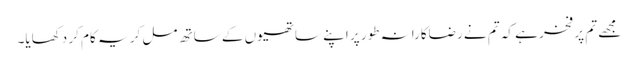
مجھے تم پر فخر ہے کہ تم نے رضاکارانہ طور پر اپنے ساتھیوں کے ساتھ مل کر یہ کام کر دکھایا۔